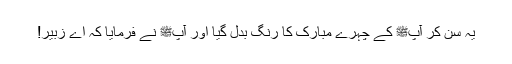
یہ سن کر آپﷺ کے چہرے مبارک کا رنگ بدل گیا اور آپﷺ نے فرمایا کہ اے زبیر!